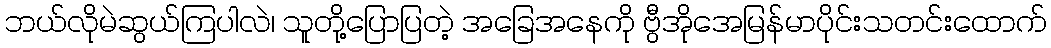
ဘယ်လိုမဲဆွယ်ကြပါလဲ၊ သူတို့ပြောပြတဲ့ အခြေအနေကို ဗွီအိုအေမြန်မာပိုင်းသတင်းထောက်